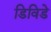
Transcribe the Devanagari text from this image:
डिविडे